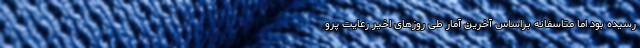
رسیده بود اما متاسفانه براساس آخرین آمار طی روزهای اخیر رعایت پرو